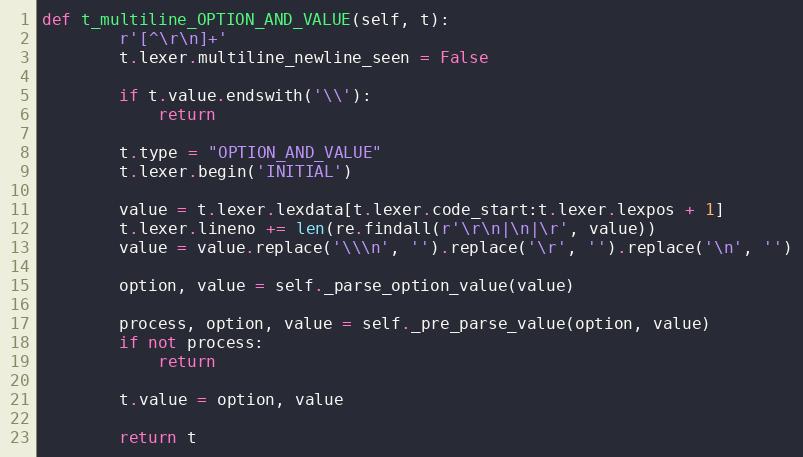
Language: Python
def t_multiline_OPTION_AND_VALUE(self, t):
        r'[^\r\n]+'
        t.lexer.multiline_newline_seen = False

        if t.value.endswith('\\'):
            return

        t.type = "OPTION_AND_VALUE"
        t.lexer.begin('INITIAL')

        value = t.lexer.lexdata[t.lexer.code_start:t.lexer.lexpos + 1]
        t.lexer.lineno += len(re.findall(r'\r\n|\n|\r', value))
        value = value.replace('\\\n', '').replace('\r', '').replace('\n', '')

        option, value = self._parse_option_value(value)

        process, option, value = self._pre_parse_value(option, value)
        if not process:
            return

        t.value = option, value

        return t